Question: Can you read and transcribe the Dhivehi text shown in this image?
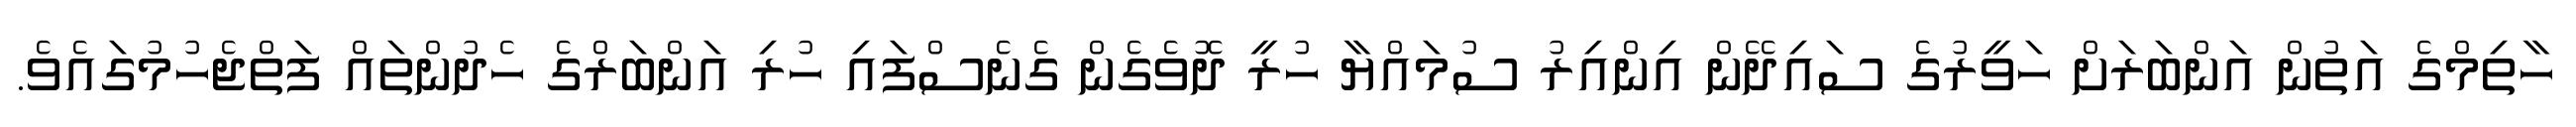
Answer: ހާތިމްގެ އަތުން އަންބަރަށް ހަވީރުގެ ސައިދޭން އިންއިރު ސުމައްޔާ ހުރީ ދޮވެގެން ގެނެސްފައި ހުރި އަންބަރްގެ ހެދުންތައް ފަތްޖެހުމުގައެވެ.